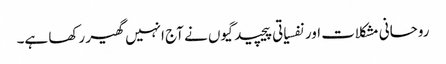
روحانی مشکلات اور نفسیاتی پیچیدگیوں نے آج انہیں گھیر رکھا ہے۔